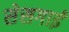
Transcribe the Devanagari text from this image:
सेसगाई